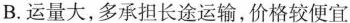
B.运量大，多承担长途运输，价格较便宜